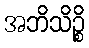
အဘိသိဉ္စိ